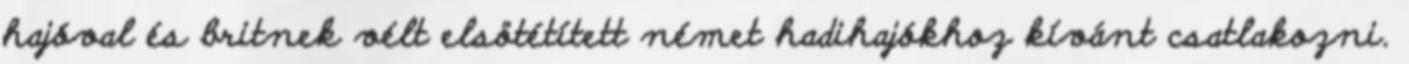
hajóval és britnek vélt elsötétített német hadihajókhoz kívánt csatlakozni.